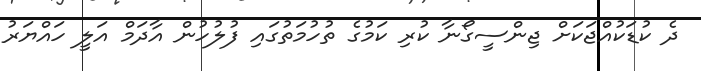
ދެ ކުޑަކުއްޖަކަށް ޖިންސީގޯނާ ކުރި ކަމުގެ ތުހުމަތުގައި ފުލުހުން އާދަމް އަލީ ހައްޔަރު